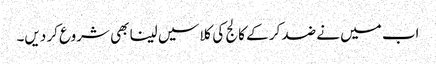
اب میں نے ضد کر کے کالج کی کلاسیں لینا بھی شروع کر دیں۔